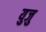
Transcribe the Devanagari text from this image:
युजु